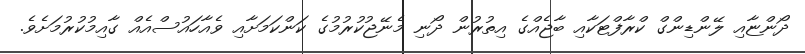
ދޯންޏާއި ލޭންޑިންގް ކްރާފްޓަކާއި ބާޖެއްގެ އިތުރުން ދޯނި މެނޭޖުކުރުމުގެ ކަންކަމަށާއި ވެއާހައުސްއެއް ގާއިމުކުރުމަށެވެ.